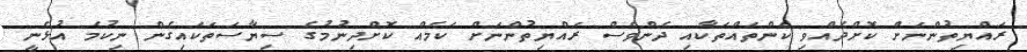
ރައްޔިތުންނަށް ކޮށްދެއްވި ކަންތައްތަކާއި ދެންވެސް ރައްޔިތުންނަށް ކަމެއް ކޮށްދިނުމުގެ ސިޔާސަތަކައިގެން ނިކުމެ އުޅެނީ